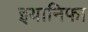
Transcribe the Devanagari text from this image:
इयानिफा